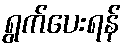
ရွက်ပေးရန်